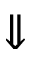
\Downarrow